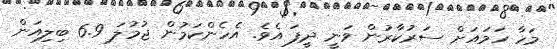
މަހާ ހަމައަށް ސަރުކާރުން ވަނީ ދީފަ އެވެ. އެހެންކަމުން ޖުމުލަ 6.9 ބިލިއަން